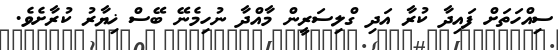
ސިއްހަތަށް ފައިދާ ކުރާ އަދި ގްލިސަރީން މާއްދާ ނުހިމެނޭ ބޭސް ޚިޔާރު ކުރާށެވެ.